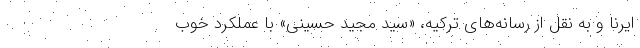
ایرنا و به نقل از رسانه‌های ترکیه، «سید مجید حسینی» با عملکرد خوب